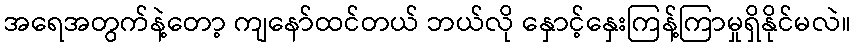
အရေအတွက်နဲ့တော့ ကျနော်ထင်တယ် ဘယ်လို နှောင့်နှေးကြန့်ကြာမှုရှိနိုင်မလဲ။